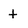
Character: t